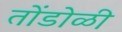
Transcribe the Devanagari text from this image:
तोंडोळी